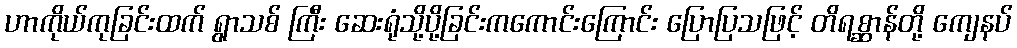
ဟာကိုယ်ကုခြင်းထက် ရွာသစ် ကြီး ဆေးရုံသို့ပို့ခြင်းကကောင်းကြောင်း ပြောပြသဖြင့် တိရစ္ဆာန်တို့ ကျေနပ်